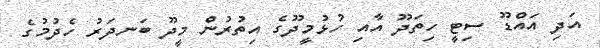
އަދި އައްޑޫ ސިޓީ ހިތަދޫ އާއި ހުޅުމީދޫގެ އިތުރުން މީދޫ ބަނދަރު ހެދުމުގެ